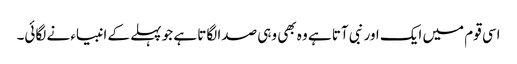
اسی قوم میں ایک اور نبی آتا ہے وہ بھی وہی صدا لگاتا ہے جو پہلے کے انبیاء نے لگائی۔